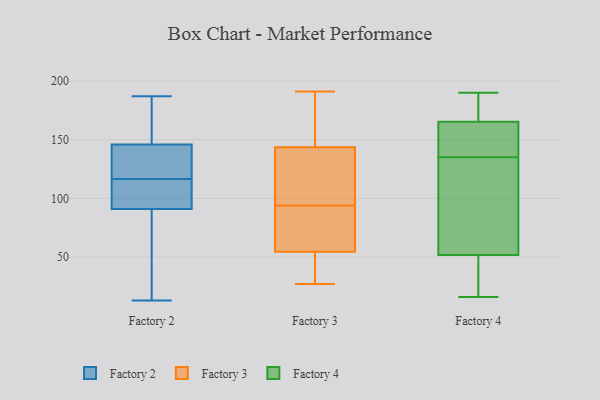
{"axis": {"x": "Revenue (USD Million)", "y": "Value"}, "legend": ["Factory 2", "Factory 3", "Factory 4"], "data": [{"x": "", "y": 45, "type": "Factory 2"}, {"x": "", "y": 163, "type": "Factory 2"}, {"x": "", "y": 13, "type": "Factory 2"}, {"x": "", "y": 118, "type": "Factory 2"}, {"x": "", "y": 147, "type": "Factory 2"}, {"x": "", "y": 95, "type": "Factory 2"}, {"x": "", "y": 110, "type": "Factory 2"}, {"x": "", "y": 98, "type": "Factory 2"}, {"x": "", "y": 16, "type": "Factory 2"}, {"x": "", "y": 87, "type": "Factory 2"}, {"x": "", "y": 137, "type": "Factory 2"}, {"x": "", "y": 145, "type": "Factory 2"}, {"x": "", "y": 131, "type": "Factory 2"}, {"x": "", "y": 171, "type": "Factory 2"}, {"x": "", "y": 115, "type": "Factory 2"}, {"x": "", "y": 187, "type": "Factory 2"}, {"x": "", "y": 145, "type": "Factory 3"}, {"x": "", "y": 86, "type": "Factory 3"}, {"x": "", "y": 83, "type": "Factory 3"}, {"x": "", "y": 56, "type": "Factory 3"}, {"x": "", "y": 144, "type": "Factory 3"}, {"x": "", "y": 94, "type": "Factory 3"}, {"x": "", "y": 98, "type": "Factory 3"}, {"x": "", "y": 138, "type": "Factory 3"}, {"x": "", "y": 75, "type": "Factory 3"}, {"x": "", "y": 191, "type": "Factory 3"}, {"x": "", "y": 31, "type": "Factory 3"}, {"x": "", "y": 43, "type": "Factory 3"}, {"x": "", "y": 108, "type": "Factory 3"}, {"x": "", "y": 36, "type": "Factory 3"}, {"x": "", "y": 151, "type": "Factory 3"}, {"x": "", "y": 176, "type": "Factory 3"}, {"x": "", "y": 54, "type": "Factory 3"}, {"x": "", "y": 27, "type": "Factory 3"}, {"x": "", "y": 142, "type": "Factory 3"}, {"x": "", "y": 168, "type": "Factory 4"}, {"x": "", "y": 23, "type": "Factory 4"}, {"x": "", "y": 45, "type": "Factory 4"}, {"x": "", "y": 143, "type": "Factory 4"}, {"x": "", "y": 147, "type": "Factory 4"}, {"x": "", "y": 150, "type": "Factory 4"}, {"x": "", "y": 190, "type": "Factory 4"}, {"x": "", "y": 186, "type": "Factory 4"}, {"x": "", "y": 175, "type": "Factory 4"}, {"x": "", "y": 180, "type": "Factory 4"}, {"x": "", "y": 132, "type": "Factory 4"}, {"x": "", "y": 16, "type": "Factory 4"}, {"x": "", "y": 40, "type": "Factory 4"}, {"x": "", "y": 135, "type": "Factory 4"}, {"x": "", "y": 157, "type": "Factory 4"}, {"x": "", "y": 94, "type": "Factory 4"}, {"x": "", "y": 72, "type": "Factory 4"}, {"x": "", "y": 31, "type": "Factory 4"}, {"x": "", "y": 135, "type": "Factory 4"}]}